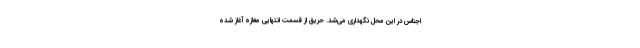
اجناس در این محل نگهداری می‌شد. حریق از قسمت انتهایی مغازه آغاز شده